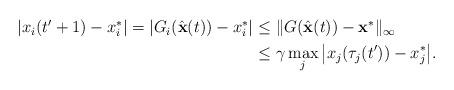
LaTeX: \begin{align*}\begin{aligned} |x_{i}(t^\prime+1) - x_{i}^*|= |G_{i}(\hat{\mathbf{x}}(t)) - x^*_{i}|\leq&~\Vert G(\hat{\mathbf{x}}(t)) - \mathbf{x}^* \Vert_\infty\\\leq&~\gamma \max_{j} \big|x_{j}(\tau_{j}(t^\prime))- x^*_{j}\big|.\end{aligned}\end{align*}